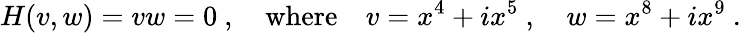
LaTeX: H(v,w)=vw=0~,\quad\mathrm{where}\quad v=x^{4}+ix^{5}~,\quad w=x^{8}+ix^{9}~.